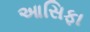
આસિફા